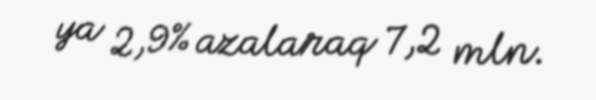
ya 2,9% azalaraq 7,2 mln.